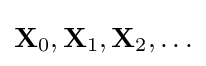
\mathbf {X} _{0},\mathbf {X} _{1},\mathbf {X} _{2},\ldots